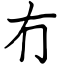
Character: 冇